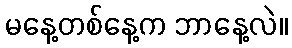
မနေ့တစ်နေ့က ဘာနေ့လဲ။